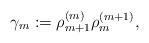
LaTeX: \begin{align*}\gamma_m:=\rho_{m+1}^{(m)} \rho_{m}^{(m+1)},\end{align*}